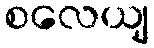
စလေယျ